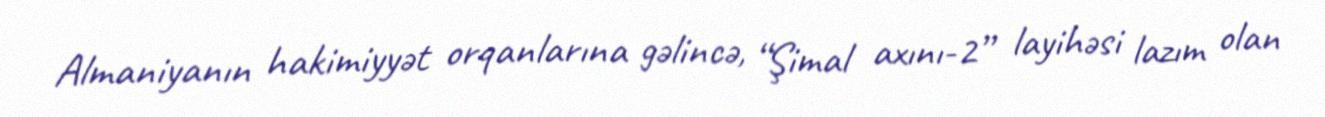
Almaniyanın hakimiyyət orqanlarına gəlincə, “Şimal axını-2” layihəsi lazım olan